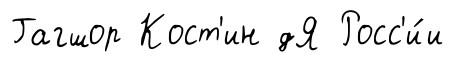
Гагшор Кост'ин дЯ Росс'и́и